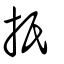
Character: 扺